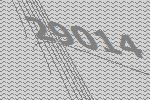
29014